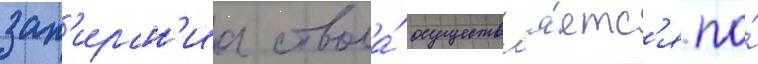
зап'иран'иа ствола́ осуществл'я́етс'я по́